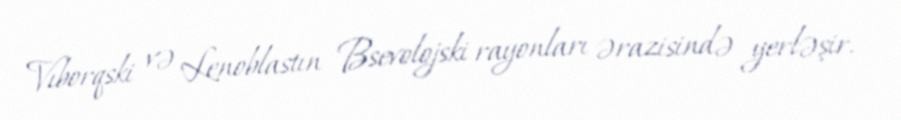
Vıborqski və Lenoblastın Bsevolojski rayonları ərazisində yerləşir.